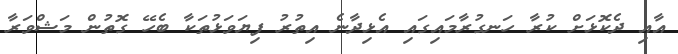
އާއި ދެކޮޅަށް ކުރާ ހަނގުރާމައިގައި އެޅިދާނެ އިތުރު ފިޔަވަޅުތަކާ ބެހޭ ގޮތުން މަޝްވަރާ